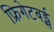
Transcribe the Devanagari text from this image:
फ्रिगेटबर्ड्स